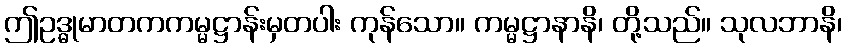
ဤဥဒ္ဓုမာတကကမ္မဋ္ဌာန်းမှတပါး ကုန်သော။ ကမ္မဋ္ဌာနာနိ၊ တို့သည်။ သုလဘာနိ၊